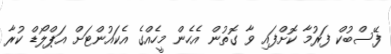
ފޭސްބުކް ފަރުމާ ކޮށްފައި ވާ ގޮތުން އެހެން މީހެއްގެ އެކައުންޓަށް އަޕްލޯޑް ކުރާ